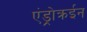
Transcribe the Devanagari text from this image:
एंड्रोक्रईन